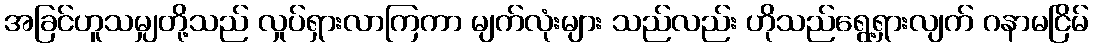
အခြင်ဟူသမျှတို့သည် လှုပ်ရှားလာကြကာ မျက်လုံးများ သည်လည်း ဟိုသည်ရွေ့ရှားလျက် ဂနာမငြိမ်